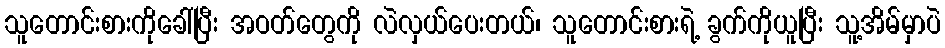
သူတောင်းစားကိုခေါ်ပြီး အဝတ်တွေကို လဲလှယ်ပေးတယ်၊ သူတောင်းစားရဲ့ ခွက်ကိုယူပြီး သူ့အိမ်မှာပဲ